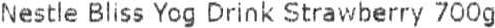
NESTLE BLISS YOG DRINK STRAWBERRY 700G